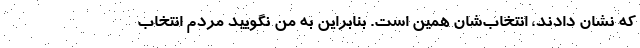
که نشان دادند، انتخاب‌شان همین است. بنابراین به من نگویید مردم انتخاب